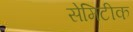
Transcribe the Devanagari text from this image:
सेमिटीक